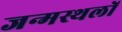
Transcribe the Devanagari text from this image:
जन्मस्थलों